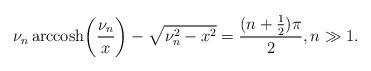
LaTeX: \begin{align*}\nu_n\,{\rm arccosh}\biggl(\frac{\nu_n}{x}\biggr)-\sqrt{\nu_n^2-x^2}=\frac{(n+\tfrac12)\pi}{2},n\gg1.\end{align*}